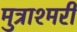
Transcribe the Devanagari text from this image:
मुत्राश्मरी